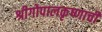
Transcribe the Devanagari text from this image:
श्रीगोपालकृष्णाची